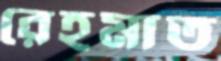
রেহমাত